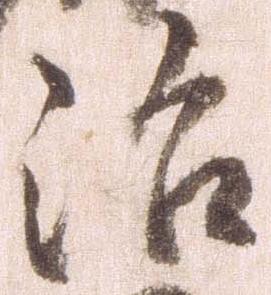
治